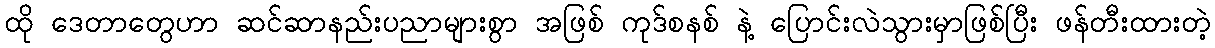
ထို ဒေတာတွေဟာ ဆင်ဆာနည်းပညာများစွာ အဖြစ် ကုဒ်စနစ် နဲ့ ပြောင်းလဲသွားမှာဖြစ်ပြီး ဖန်တီးထားတဲ့